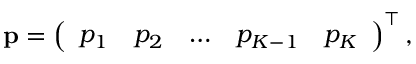
\mathbf { p } = \left( \begin{array} { l l l l l } { p _ { 1 } } & { p _ { 2 } } & { \dots } & { p _ { K - 1 } } & { p _ { K } } \end{array} \right) ^ { \top } ,